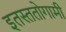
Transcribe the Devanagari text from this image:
इतस्ततोगामी